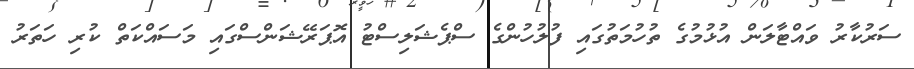
ސަރުކާރު ވައްޓާލަން އުޅުމުގެ ތުހުމަތުގައި ފުލުހުންގެ ސްޕެޝަލިސްޓު އޮޕަރޭޝަންސްގައި މަސައްކަތް ކުރި ހަތަރު